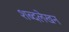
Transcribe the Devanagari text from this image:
शब्दलेखन